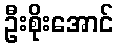
ဦးစိုးအောင်